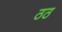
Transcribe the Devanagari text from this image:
ठठ